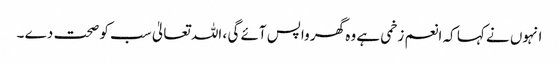
انہوں نے کہا کہ انعم زخمی ہے وہ گھر واپس آئے گی ، اللہ تعالیٰ سب کو صحت دے ۔